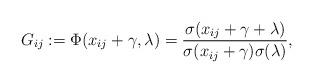
LaTeX: \begin{align*}G_{ij}:=\Phi (x_{ij}+\gamma ,\lambda )=\frac{\sigma(x_{ij}+\gamma +\lambda )}{\sigma (x_{ij}+\gamma )\sigma(\lambda )},\end{align*}